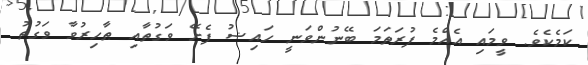
ކަމެކެވެ. ވީމައި އެއްމެ ފުރަތަމަ ބޭނުންވަނީ ހައިޟު ފެށޭ ވަގުތާއި ޠާހިރުވާ ވަގުތު